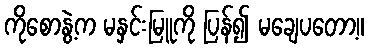
ကိုစောနွဲ့က မနှင်းမြူကို ပြန်၍ မချေပတော့။